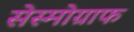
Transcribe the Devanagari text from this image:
सेस्मोग्राफ